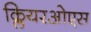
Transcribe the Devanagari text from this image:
क्लियरओएस